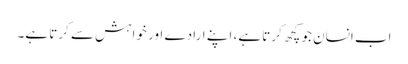
اب انسان جو کچھ کرتا ہے، اپنے ارادے اور خواہش سے کرتا ہے۔